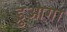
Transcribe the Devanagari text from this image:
ड्रुआगा